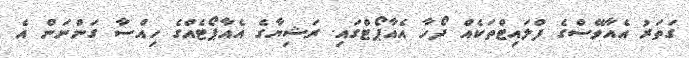
ގަތަރު އެއާވޭސްގެ ފްލައިޓްތަކެއް ދޯހާ އެއާޕޯޓްގައި. ރަޝިޔާގެ އެއާޕޯޓެއްގެ ހިއްސާ ގަންނަން އެ